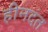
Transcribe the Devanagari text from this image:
हीनदंत